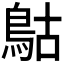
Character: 𩿵